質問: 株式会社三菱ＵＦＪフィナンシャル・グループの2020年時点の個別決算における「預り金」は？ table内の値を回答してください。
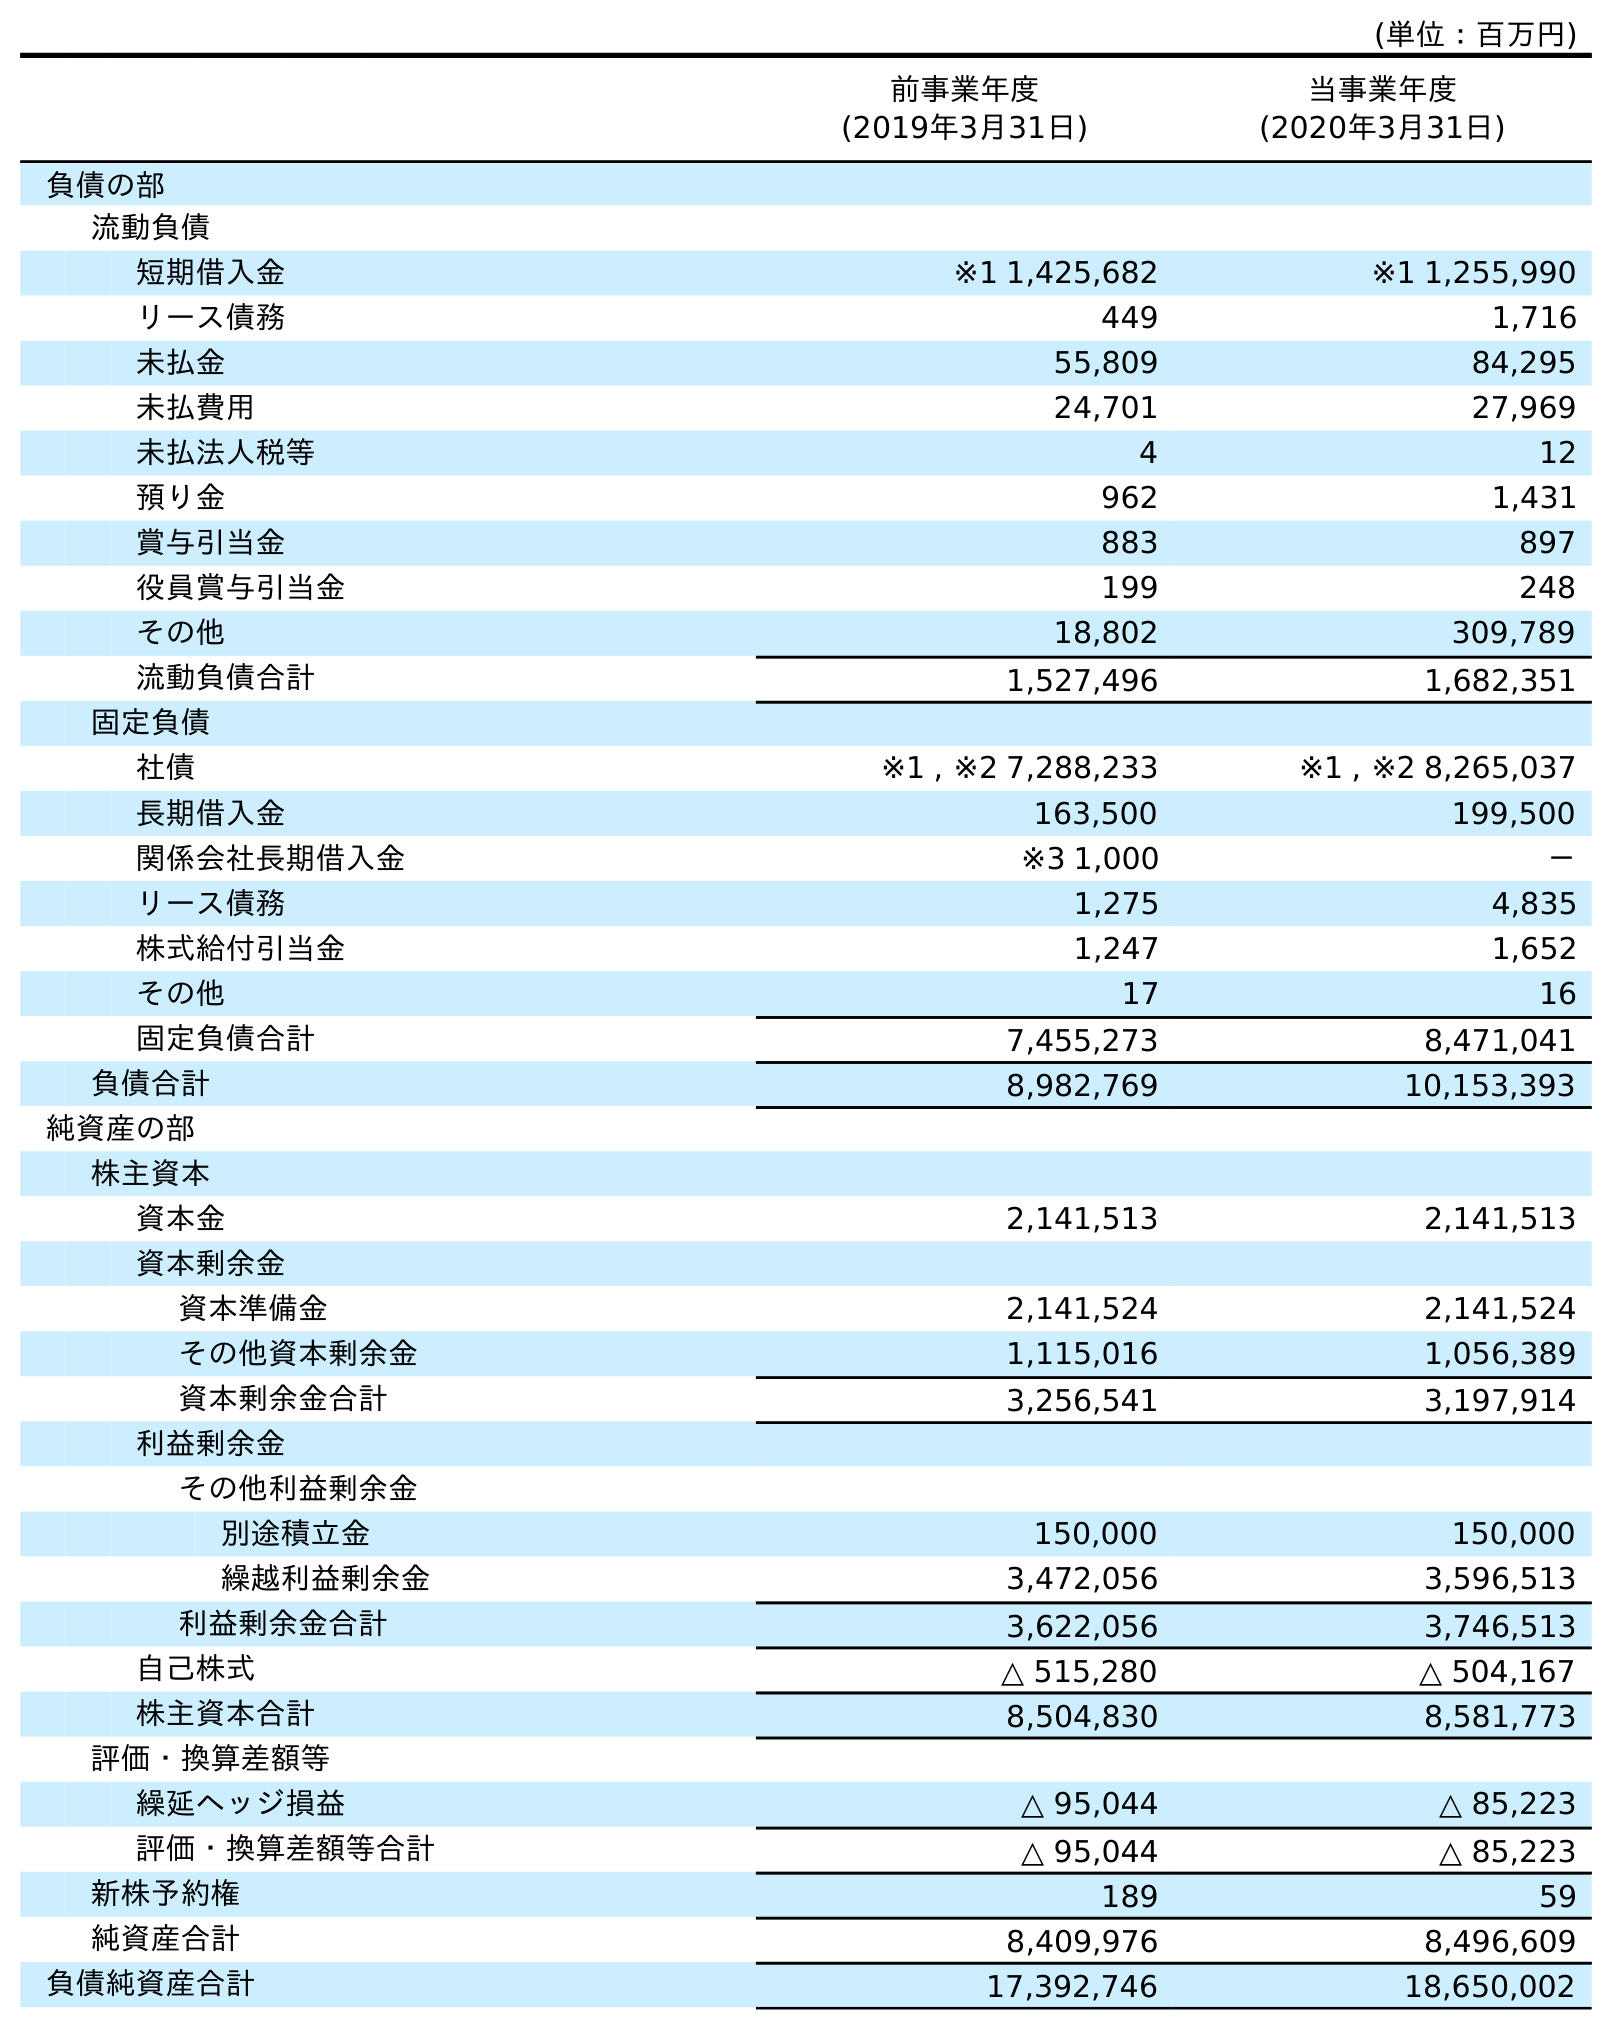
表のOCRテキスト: (単位：百万円) 前事業年度 (2019年3月31日) 当事業年度 (2020年3月31日) 負債の部 流動負債 短期借入金 ※1 1,425,682 ※1 1,255,990 リース債務 449 1,716 未払金 55,809 84,295 未払費用 24,701 27,969 未払法人税等 4 12 預り金 962 1,431 賞与引当金 883 897 役員賞与引当金 199 248 その他 18,802 309,789 流動負債合計 1,527,496 1,682,351 固定負債 社債 ※1 , ※2 7,288,233 ※1 , ※2 8,265,037 長期借入金 163,500 199,500 関係会社長期借入金 ※3 1,000 － リース債務 1,275 4,835 株式給付引当金 1,247 1,652 その他 17 16 固定負債合計 7,455,273 8,471,041 負債合計 8,982,769 10,153,393 純資産の部 株主資本 資本金 2,141,513 2,141,513 資本剰余金 資本準備金 2,141,524 2,141,524 その他資本剰余金 1,115,016 1,056,389 資本剰余金合計 3,256,541 3,197,914 利益剰余金 その他利益剰余金 別途積立金 150,000 150,000 繰越利益剰余金 3,472,056 3,596,513 利益剰余金合計 3,622,056 3,746,513 自己株式 △ 515,280 △ 504,167 株主資本合計 8,504,830 8,581,773 評価・換算差額等 繰延ヘッジ損益 △ 95,044 △ 85,223 評価・換算差額等合計 △ 95,044 △ 85,223 新株予約権 189 59 純資産合計 8,409,976 8,496,609 負債純資産合計 17,392,746 18,650,002
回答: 1,431